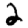
Digit: 2